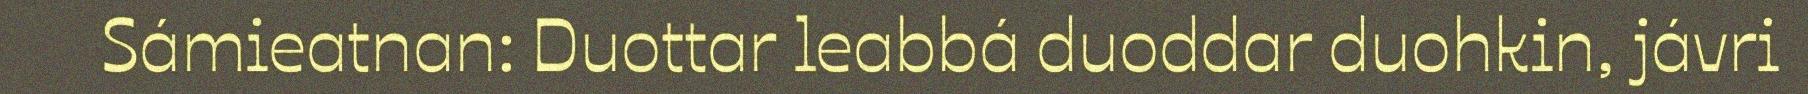
Sámieatnan: Duottar leabbá duoddar duohkin, jávri